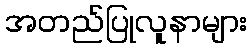
အတည်ပြုလူနာများ